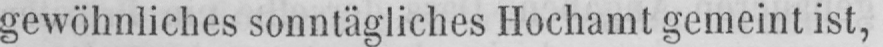
gewöhnliches sonntägliches Hochamt gemeint ist,